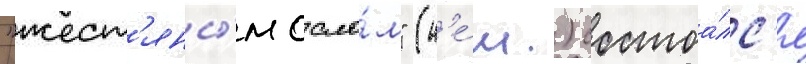
"жест'яны́м осло́м" (н'е́м.) состоа́лс'я